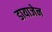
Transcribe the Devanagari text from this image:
डायाजेन